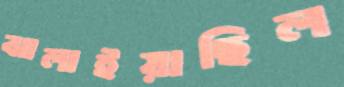
ঝালাইয়াছিল